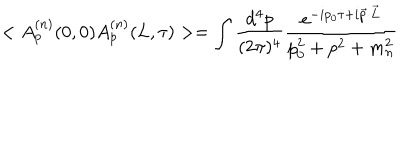
LaTeX: < A _ { p } ^ { ( n ) } ( 0 , 0 ) A _ { p } ^ { ( n ) } ( L , \tau ) > = \int \frac { d ^ { 4 } p } { ( 2 \pi ) ^ { 4 } } \frac { e ^ { - i p _ { 0 } \tau + i \vec { p } \cdot \vec { L } } } { p _ { 0 } ^ { 2 } + p ^ { 2 } + m _ { n } ^ { 2 } }